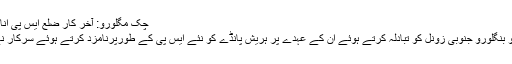
چک مگلورو: آخر کار ضلع ایس پی اناملئی کا تبادلہ : ہریش پانڈے نئے ایس پی
ضلع کے پولس سپرنٹنڈنٹ کے اناملئی کو بنگلورو جنوبی زونل کو تبادلہ کرتے ہوئے ان کے عہدے پر ہریش پانڈے کو نئے ایس پی کے طورپرنامزد کرتے ہوئے سرکار نے سرکلر ی حکم نامہ جاری کیا گیا ہے۔